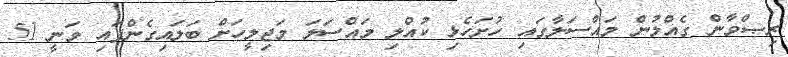
ރިޞްވާން ގެއްލުން މައްސަލާގައި ހުށަހެޅި ކުއްލި މައްސަލަ މަޖިލީހަށް ބަލައިގެންފައި ވަނީ 51